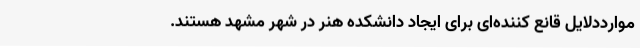
موارددلایل قانع کننده‌ای برای ایجاد دانشکده هنر در شهر مشهد هستند.